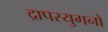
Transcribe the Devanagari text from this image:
द्रापरयुगनो